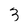
Character: 3